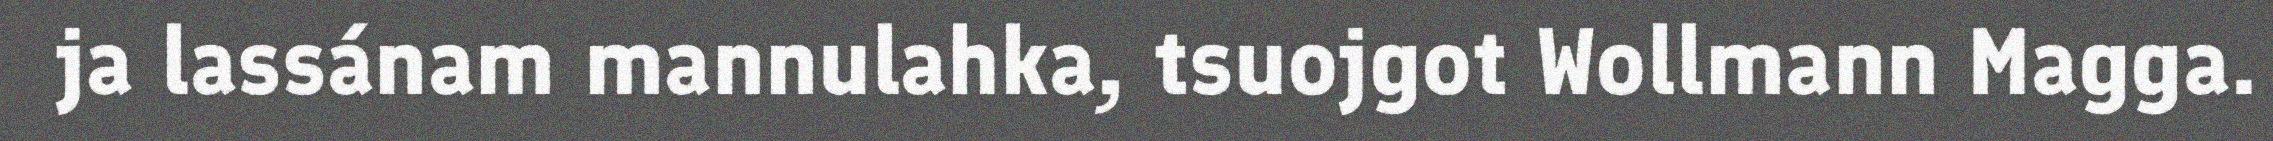
ja lassánam mannulahka, tsuojgot Wollmann Magga.